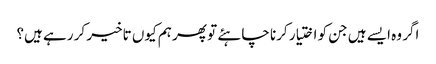
اگر وہ ایسے ہیں جن کو اختیار کرنا چاہئے تو پھر ہم کیوں تاخیر کر رہے ہیں؟